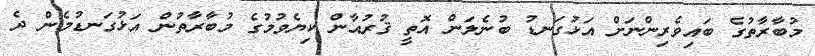
މުބާރާތުގެ ބައިވެރިންނަށް އަޅުގަނޑު ބުނެލަން އޮތީ ޤުރުއާން ކިޔެވުމުގެ މުބާރާތުން އަޅުގަނޑުމެން ދެ